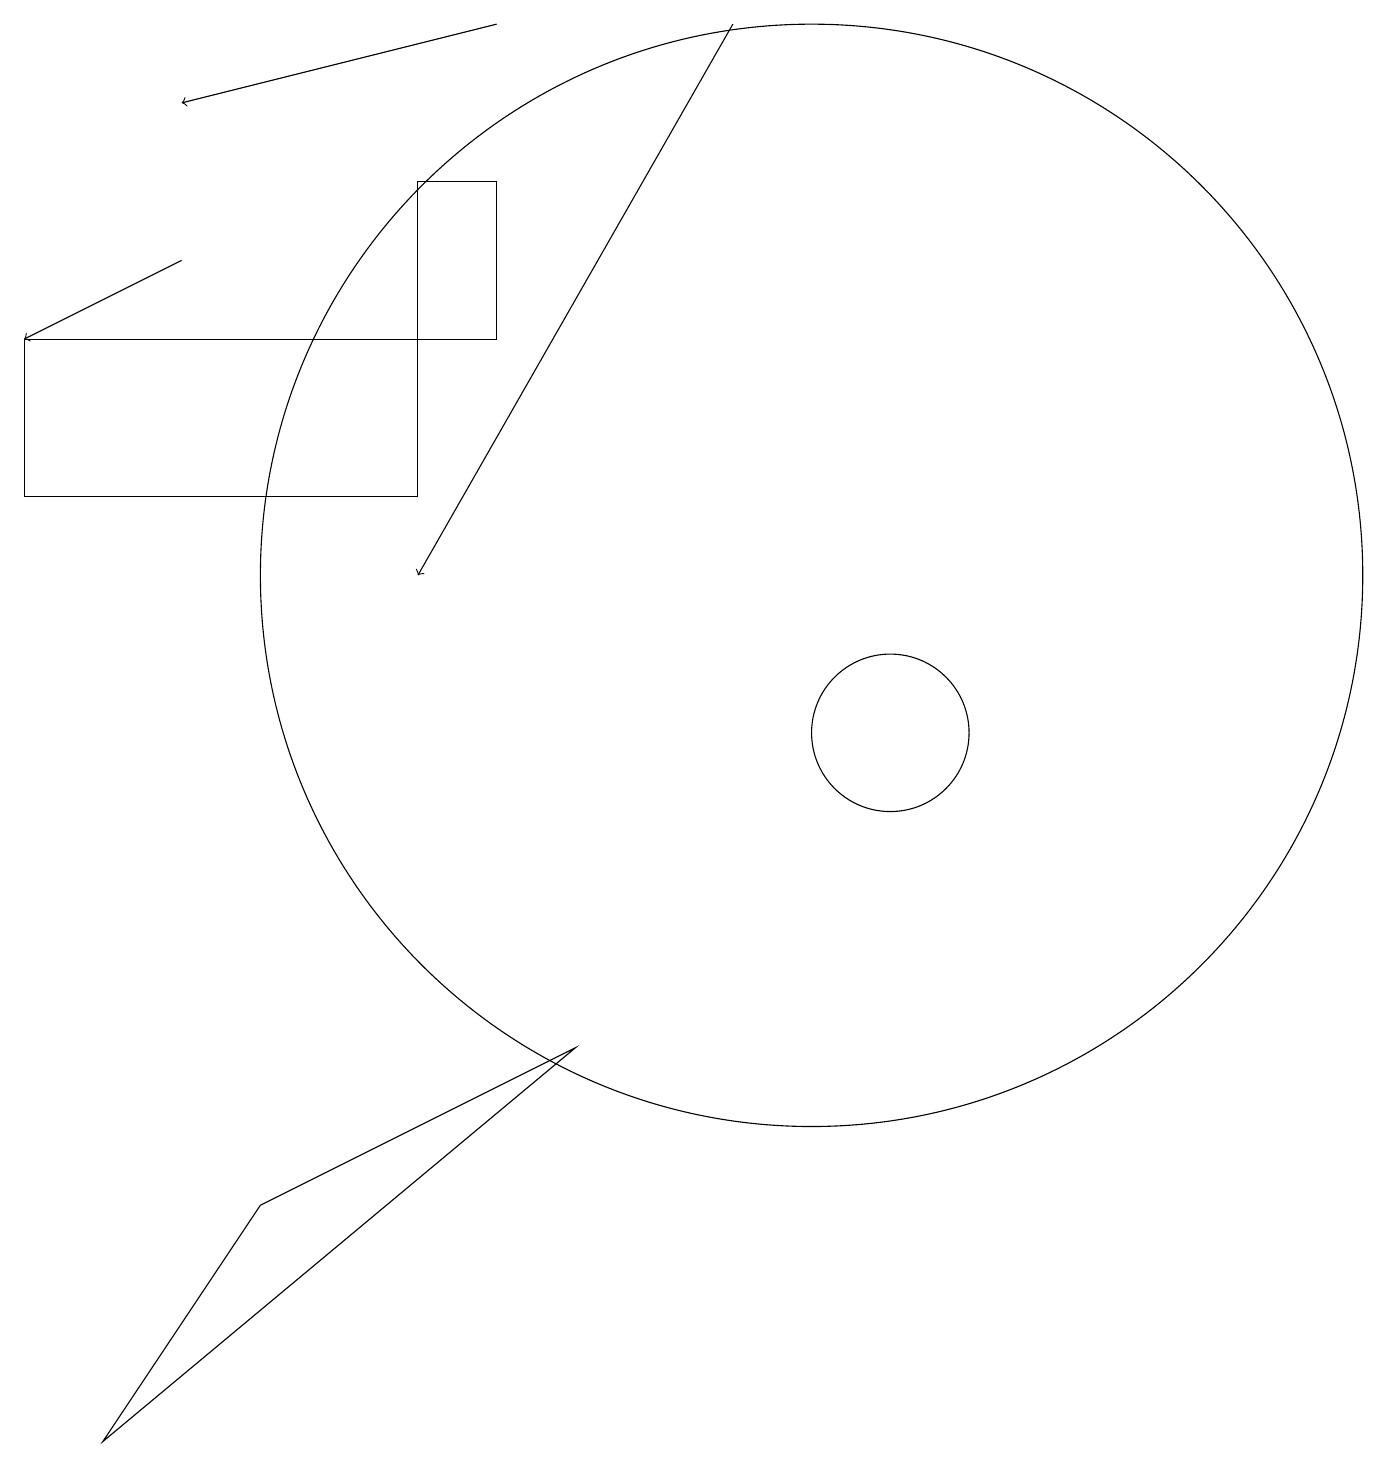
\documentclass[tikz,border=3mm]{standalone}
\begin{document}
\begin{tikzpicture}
\draw[->] (6,19) -- (2,18);
\draw (11,10) circle (1);
\draw (1,1) -- (7,6) -- (3,4) -- cycle;
\draw[->] (2,16) -- (0,15);
\draw (6,15) rectangle (5,17);
\draw (0,15) rectangle (5,13);
\draw[->] (9,19) -- (5,12);
\draw (10,12) circle (7);
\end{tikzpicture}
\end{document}